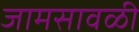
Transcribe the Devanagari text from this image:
जामसावळी